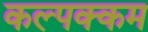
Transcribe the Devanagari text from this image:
कल्पक्कम